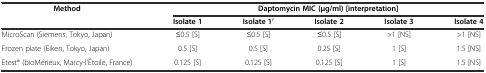
<table><thead><tr><td rowspan="2"><b>Method</b></td><td colspan="5"><b>Daptomycin MIC (μg/ml) [interpretation]</b></td></tr><tr><td><b>Isolate 1</b></td><td><b>Isolate 1’</b></td><td><b>Isolate 2</b></td><td><b>Isolate 3</b></td><td><b>Isolate 4</b></td></tr></thead><tbody><tr><td>MicroScan (Siemens, Tokyo, Japan)</td><td>≤0.5 [S]</td><td>≤0.5 [S]</td><td>≤0.5 [S]</td><td>&gt;1 [NS]</td><td>&gt;1 [NS]</td></tr><tr><td>Frozen plate (Eiken, Tokyo, Japan)</td><td>0.5 [S]</td><td>0.5 [S]</td><td>0.25 [S]</td><td>1 [S]</td><td>1.5 [NS]</td></tr><tr><td>Etest® (bioMérieux, Marcy-l&#x27;Étoile, France)</td><td>0.125 [S]</td><td>0.125 [S]</td><td>0.125 [S]</td><td>1 [S]</td><td>1.5 [NS]</td></tr></tbody></table>